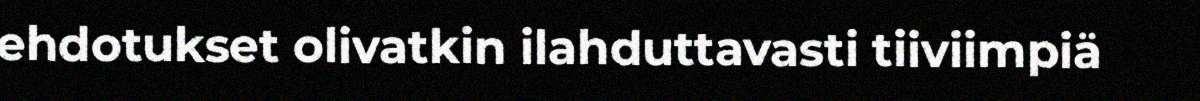
ehdotukset olivatkin ilahduttavasti tiiviimpiä